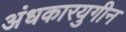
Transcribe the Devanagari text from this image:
अंधकारयुगीन